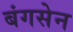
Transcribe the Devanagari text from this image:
बंगसेन